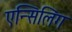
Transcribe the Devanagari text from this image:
एन्सिलिंग